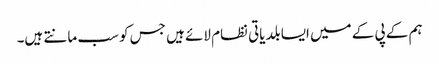
ہم کے پی کے میں ایسا بلدیاتی نظام لائے ہیں جس کو سب مانتے ہیں۔